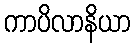
ကာပိလာနိယာ